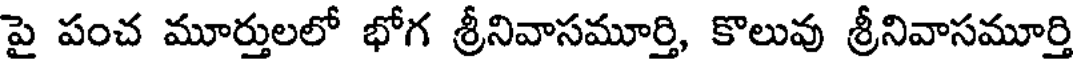
పై పంచ మూర్తులలో భోగ శ్రీనివాసమూర్తి, కొలువు శ్రీనివాసమూర్తి